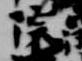
院